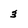
Character: 3